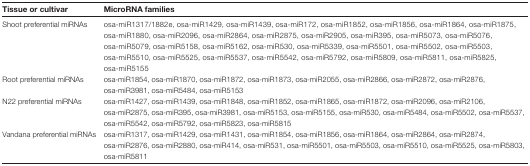
<table><thead><tr><td><b>Tissue or cultivar</b></td><td><b>MicroRNA families</b></td></tr></thead><tbody><tr><td>Shoot preferential miRNAs</td><td>osa-miR1317/1882e, osa-miR1429, osa-miR1439, osa-miR172, osa-miR1852, osa-miR1856, osa-miR1864, osa-miR1875, osa-miR1880, osa-miR2096, osa-miR2864, osa-miR2875, osa-miR2905, osa-miR395, osa-miR5073, osa-miR5076, osa-miR5079, osa-miR5158, osa-miR5162, osa-miR530, osa-miR5339, osa-miR5501, osa-miR5502, osa-miR5503, osa-miR5510, osa-miR5525, osa-miR5537, osa-miR5542, osa-miR5792, osa-miR5809, osa-miR5811, osa-miR5825, osa-miR5155</td></tr><tr><td>Root preferential miRNAs</td><td>osa-miR1854, osa-miR1870, osa-miR1872, osa-miR1873, osa-miR2055, osa-miR2866, osa-miR2872, osa-miR2876, osa-miR3981, osa-miR5484, osa-miR5153</td></tr><tr><td>N22 preferential miRNAs</td><td>osa-miR1427, osa-miR1439, osa-miR1848, osa-miR1852, osa-miR1865, osa-miR1872, osa-miR2096, osa-miR2106, osa-miR2875, osa-miR395, osa-miR3981, osa-miR5153, osa-miR5155, osa-miR530, osa-miR5484, osa-miR5502, osa-miR5537, osa-miR5542, osa-miR5792, osa-miR5823, osa-miR5815</td></tr><tr><td>Vandana preferential miRNAs</td><td>osa-miR1317, osa-miR1429, osa-miR1431, osa-miR1854, osa-miR1856, osa-miR1864, osa-miR2864, osa-miR2874, osa-miR2876, osa-miR2880, osa-miR414, osa-miR531, osa-miR5501, osa-miR5503, osa-miR5510, osa-miR5525, osa-miR5803, osa-miR5811</td></tr></tbody></table>